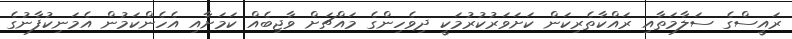
ރައީސްގެ ސަލާމަތާއި ރައްކާތެރިކަން ކަށަވަރުކުރުމަކީ ދިވެހިންގެ މައްޗަށް ވާޖިބެއް ކަމަށާއި އެހެންކަމުން އެމަނިކުފާނުގެ